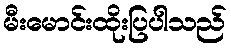
မီးမောင်းထိုးပြပါသည်